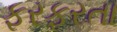
ફરફરતા